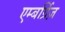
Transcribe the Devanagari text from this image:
एम्बर्ग्रिज़